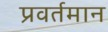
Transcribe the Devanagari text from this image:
प्रवर्तमान